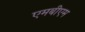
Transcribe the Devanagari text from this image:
एमबीएम